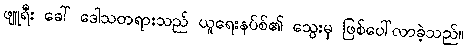
ဖျူရီး ခေါ် ဒေါသတရားသည် ယူရေးနပ်စ်၏ သွေးမှ ဖြစ်ပေါ်လာခဲ့သည်။